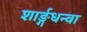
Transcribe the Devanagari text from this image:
शार्ङ्गधन्वा